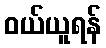
ဝယ်ယူရန်